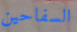
السفاحين